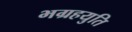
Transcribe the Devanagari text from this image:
भग्रहयुति